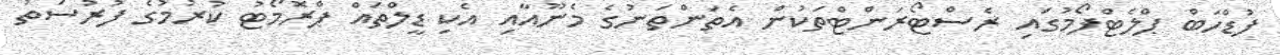
ފުޑްހަބް ޕްލެޓްފޯމުގައި ރެސްޓޯރަންޓްތަކުން އެތަންތަނުގެ މެނޫއާއި އެކި ޑީލްތައް ޕްރޮމޯޓު ކުރުމުގެ ފުރުސަތު